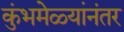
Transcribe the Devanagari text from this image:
कुंभमेळ्यांनंतर